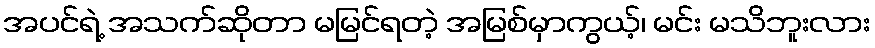
အပင်ရဲ့ အသက်ဆိုတာ မမြင်ရတဲ့ အမြစ်မှာကွယ့်၊ မင်း မသိဘူးလား